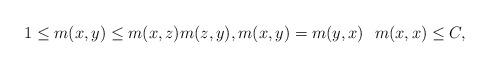
LaTeX: \begin{align*} 1\leq m(x,y) \leq m(x,z)m(z,y),m(x,y) = m(y,x)\ \ m(x,x) \leq C, \end{align*}